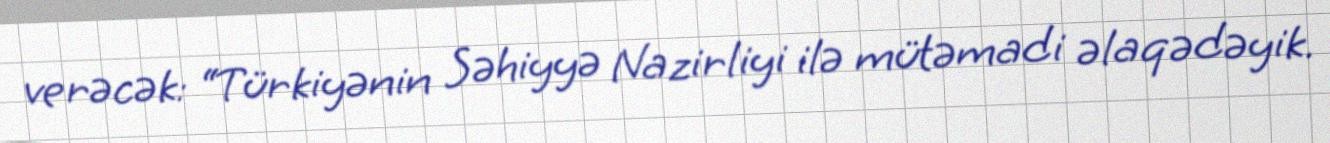
verəcək: “Türkiyənin Səhiyyə Nazirliyi ilə mütəmadi əlaqədəyik.